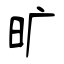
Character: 旷